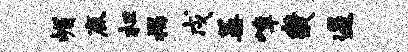
嵋鹿枉揭戍蒿嶂畿遏